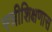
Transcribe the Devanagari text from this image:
स्त्रीशिक्षणास